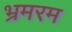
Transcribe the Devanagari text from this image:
भ्रमरम